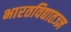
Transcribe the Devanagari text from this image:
भारतविद्यातज्ज्ञ